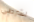
لشرطي